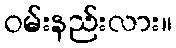
ဝမ်းနည်းလား။